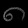
Digit: ၈